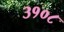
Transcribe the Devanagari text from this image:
३१०८